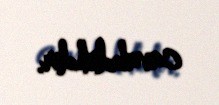
cavabdehdir.